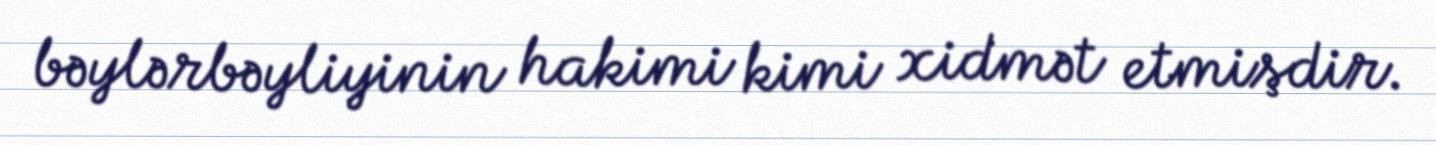
bəylərbəyliyinin hakimi kimi xidmət etmişdir.